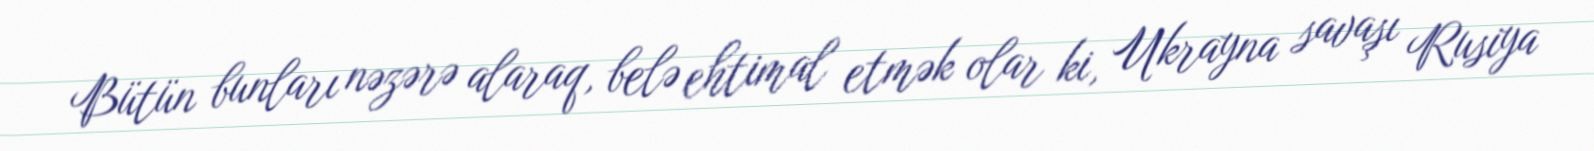
Bütün bunları nəzərə alaraq, belə ehtimal etmək olar ki, Ukrayna savaşı Rusiya